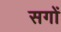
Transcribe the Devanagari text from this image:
सगों